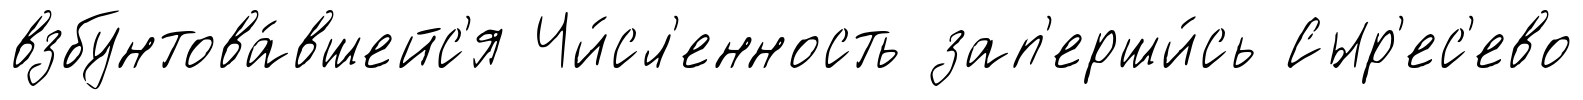
взбунтова́вшейс'я Чи́сл'енность зап'ерши́сь Сыр'ес'ево